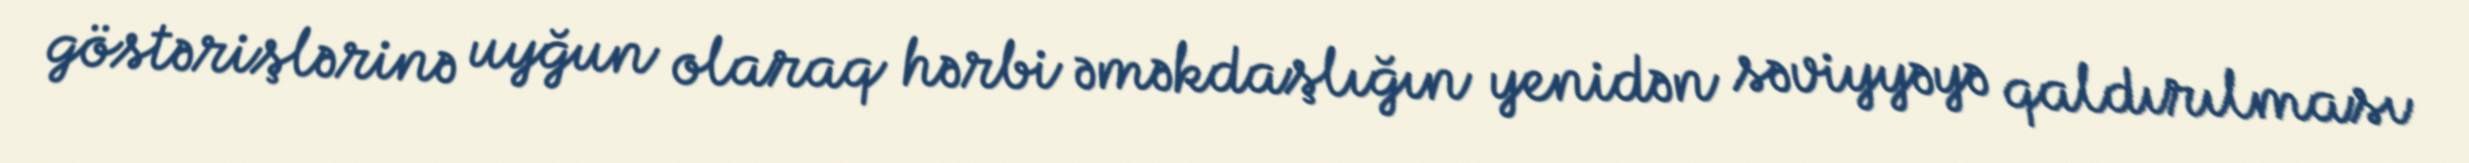
göstərişlərinə uyğun olaraq hərbi əməkdaşlığın yenidən səviyyəyə qaldırılması